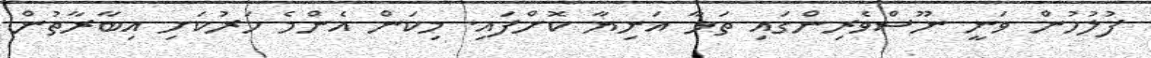
ފުލުހުން ވަނީ ނޫސްވެރިންގައި ތަޅާ އަނިޔާ ކޮށްފައި. މިކަން އެންމެ ހަރުކަށި އިބާރާތުން